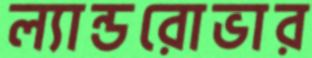
ল্যান্ডরোভার